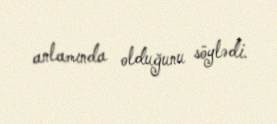
anlamında olduğunu söylədi.